Vital statistics of India. Vol. IV, Annual returns from 1871 to 1876. British Army of India, Native Army and jails of Bengal
Year: 1871
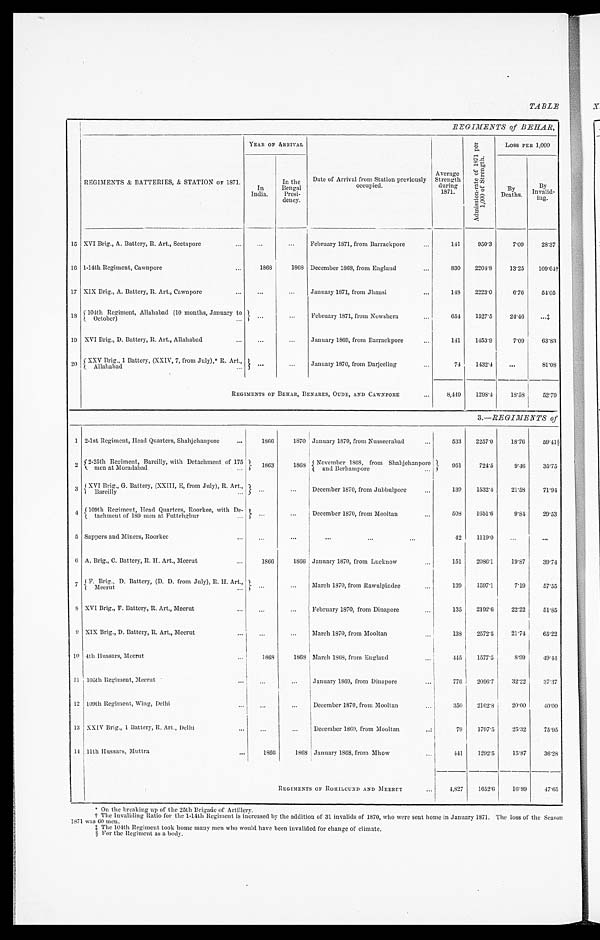
TABLE
R E G I M E N T S o f B E H A R ,
REGIMENTS & BATTERIES, & STATION OF 1871
YEAR OF ARRIVAL
Date of Arrival from Station previously occupied.
Av e r a g e St r e n g t h d u r i n g 1 8 7 1 .
A d m i s s i o n - r a t e o f 1 8 7 1 p e r 1 , 0 0 0 o f S t r e n g t h .
LOSS PER 1,000
I n I ndi a.
I n t h e Be n g a l Pr e s i - d e n c y .
By Deat hs.
By I n v a l i d - i n g .
1 5 XVI Brig, A. Battery, R. Art, Seetapore
...
...
F e b r u a r y 1 8 7 1 , f r o m Ba r r a c k p o r e
141
950·3
7·09
28·37
1 6
1 - 1 4 t h R e g i me n t , C a w n p o r e
1 8 6 8
1 8 6 8
De c e mb e r 1 8 6 8 , f r o m En g l a n d
830
2204·8
13·25 109·64†
1 7 XIX Brig., A. Battery, R. Art, Cawpore
...
...
January 1871, from Jhansi
148
2223·0
6·76
54·05
1 8
1 0 4 t h R e g i m e n t , A l l a h a b a d ( 1 0 m o n t h s , J a n u a r y t o O c t o b e r )
. . .
...
February 1871, from Nowshera
654
1527·5
24·46 ...‡
1 9 XVI Brig., D. Battery, R. Art., Allahabad
...
...
January 1869, from Barrackpore
1 4 1 1453·9
7·09
63·83
2 0 XXV Brig., 1 Battery (XXIV, 7, from July).* R. Art., Allahabad
...
...
January 1870, from Darjeeling
74
1432·4
...
81·08
R E G I M E N T S O F B E H A R , B E N A R E S , O U D E , A N D C A W N P O R E 8,419
1298·4
18·58
52·79
3.— REGIMENTS of
1 2-1st Regiment, Head Quarters, Shahjehanpore
1 8 6 6
1 8 7 0 January 1870, from Nusseerbad
533
2257·0
18·76
59·41§
2 2-25th Regiment, Bareilly, with Detachment of 175 men at Moradabad
1 8 6 3
1 8 6 8 November 1869, from Shahjehanpore and Berhampore
951
724·5
9·46
35·75
3 XVI Brig., G Battery, (XXIII, E, from July), R. Art., Bareilly
...
...
December 1870, from Jubbulpore
139
1532·4
21·58
71·94
4 109th Regi ment, Head Quarters, Roorkee, wi th De-tachment of 189 men at Futtehghur ...
...
December 1870, of Mooltan
508
1651·6
9·84
29·53
5 Sappers and Miners, Roorkee ...
...
... ... ...
42
1119·0 ...
...
6 A. Brig., C. Battery, R. H. Art, Meerut
1 8 6 6
1 8 6 6 January 1870, from Lucknow
151
2086·1
19·87
39·74
7 F. Brig, D. Battery, (D. D. from July), R. H. Art., Meerut ...
... March 1870, from Rawulpindee
139
1597·1
7·19
57·55
8 XVI Brig., F. Battery, R. Art., Meerut ...
... February 1870, from Dinapore
135
2192·6
22·22
51·85
9 XIX Brig., D. Battery, R. Art., Meerut
...
... March 1870, from Mooltan
138
2572·5
21·74
65·22
1 0 4th Hussars, Meerut
1 8 6
1 8 6 8 March 1868, from England
445
1577·5
8·99
49·44
1 1 105th Regiment, Meerut
...
... January 1869, from Dinapore
776
2096·7
32·22
37·37
1 2 109th Regiment, Wing, Delhi
...
...
December 1870, from Mooltan
350
2162·8
20·00
40·00
1 3 XXIV Brig., 1 Battery, R. Art., Delhi ...
... December 1869 from Mooltan
79
1797·5
25·32
75·95
1 4 11th Hussars, Muttra
1 8 6 6
1 8 6 8 January 1868, from Mhow
441
1292·5
15·87
36·28
R E G I M E N T S O F R O H I L C U N D A N D M E E R U T
4,827
1652·6
16·99
47·05
* On the breaking up of the 25th Brigade of Artillery.
† The Invaliding Ratio for the 1-14th Regiment is increased by the addition of 31 invalids of 1870, who were sent home in January 1371. The loss of the Season
1871 was 60 men.
‡ The 104th Regiment took home many men who would have been invalided for change of climate.
§ For the Regiment as a body.